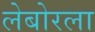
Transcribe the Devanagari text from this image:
लेबोरला